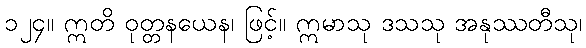
၁၂၄။ ဣတိ ဝုတ္တနယေန၊ ဖြင့်။ ဣမာသု ဒသသု အနုဿတီသု၊